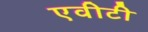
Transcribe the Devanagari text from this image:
एवीटी